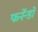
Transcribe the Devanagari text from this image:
फर्नेन्डो